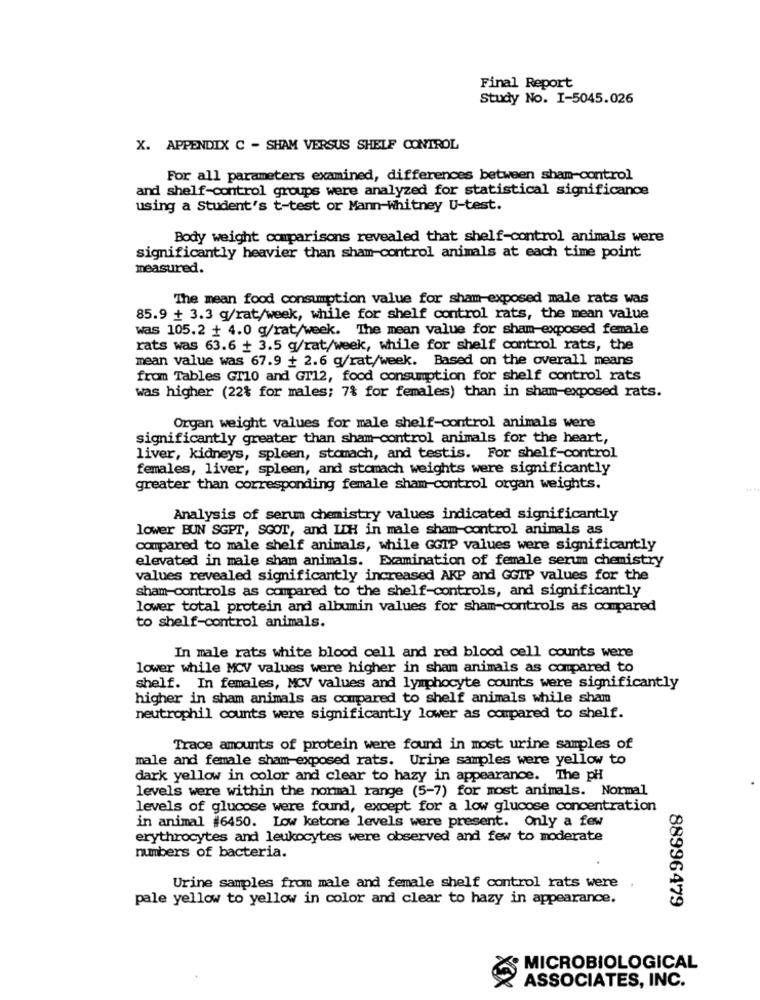
Final Report
Study No. I-5045.026
X. APPENDIX C - SHAM VERSUS SHELF CONTROL
For all parameters examined, differences between sham-control
and shelf-control groups were analyzed for statistical significance
using a Student's t-test or Mann-whitney U-test.
Body weight comparisons revealed that shelf-control animals were
significantly heavier than sham-control animals at each time point
measured.
The mean food consumption value for sham-exposed male rats was
85.9 + 3.3 g/rat/week, while for shelf control rats, the mean value
was 105.2 + 4.0 g/rat/week. The mean value for sham-exposed female
rats was 63.6 + 3.5 g/rat/week, while for shelf control rats, the
mean value was 67.9 + 2.6 g/rat/week. Based on the overall means
from Tables Gr10 and GT12, food consumption for shelf control rats
was higher (22% for males; 7% for females) than in sham-exposed rats.
Organ weight values for male shelf-control animals were
significantly greater than sham-control animals for the heart,
liver, kidneys, spleen, stomach, and testis. For shelf-control
females, liver, spleen, and stomach weights were significantly
greater than corresponding female sham-control organ weights.
Analysis of serum chemistry values indicated significantly
lower BUN SGPT, SGOT, and IDH in male sham-control animals as
compared to male shelf animals, while GGIP values were significantly
elevated in male sham animals. Examination of female serum chemistry
values revealed significantly increased AKP and GGTP values for the
sham-controls as compared to the shelf-controls, and significantly
lower total protein and albumin values for sham-controls as compared
to shelf-control animals.
In male rats white blood cell and red blood cell counts were
lower while MCV values were higher in sham animals as compared to
shelf. In females, MCV values and lymphocyte counts were significantly
higher in sham animals as compared to shelf animals while sham
neutrophil counts were significantly lower as compared to shelf.
Trace amounts of protein were found in most urine samples of
male and female sham-exposed rats. Urine samples were yellow to
dark yellow in color and clear to hazy in appearance. The pH
levels were within the normal range (5-7) for most animals. Normal
levels of glucose were found, except for a low glucose concentration
in animal #6450. Low ketone levels were present. Only a few
erythrocytes and leukocytes were observed and few to moderate
numbers of bacteria.
Urine samples from male and female shelf control rats were
pale yellow to yellow in color and clear to hazy in appearance.
88996479
MICROBIOLOGICAL
XX
ASSOCIATES, INC.